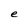
Character: e